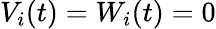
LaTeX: V_{i}(t)=W_{i}(t)=0